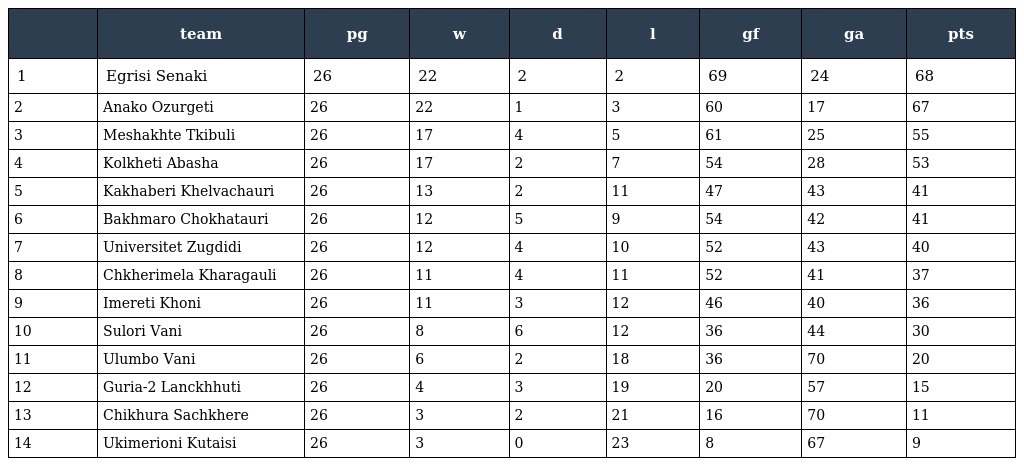
|  | team | pg | w | d | l | gf | ga | pts |
 | --- | --- | --- | --- | --- | --- | --- | --- | --- |
 | 1 | Egrisi Senaki | 26 | 22 | 2 | 2 | 69 | 24 | 68 |
 | 2 | Anako Ozurgeti | 26 | 22 | 1 | 3 | 60 | 17 | 67 |
 | 3 | Meshakhte Tkibuli | 26 | 17 | 4 | 5 | 61 | 25 | 55 |
 | 4 | Kolkheti Abasha | 26 | 17 | 2 | 7 | 54 | 28 | 53 |
 | 5 | Kakhaberi Khelvachauri | 26 | 13 | 2 | 11 | 47 | 43 | 41 |
 | 6 | Bakhmaro Chokhatauri | 26 | 12 | 5 | 9 | 54 | 42 | 41 |
 | 7 | Universitet Zugdidi | 26 | 12 | 4 | 10 | 52 | 43 | 40 |
 | 8 | Chkherimela Kharagauli | 26 | 11 | 4 | 11 | 52 | 41 | 37 |
 | 9 | Imereti Khoni | 26 | 11 | 3 | 12 | 46 | 40 | 36 |
 | 10 | Sulori Vani | 26 | 8 | 6 | 12 | 36 | 44 | 30 |
 | 11 | Ulumbo Vani | 26 | 6 | 2 | 18 | 36 | 70 | 20 |
 | 12 | Guria-2 Lanckhhuti | 26 | 4 | 3 | 19 | 20 | 57 | 15 |
 | 13 | Chikhura Sachkhere | 26 | 3 | 2 | 21 | 16 | 70 | 11 |
 | 14 | Ukimerioni Kutaisi | 26 | 3 | 0 | 23 | 8 | 67 | 9 |